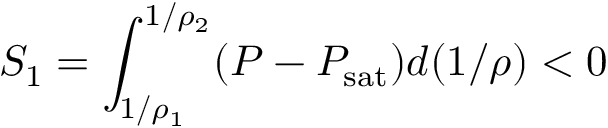
S _ { 1 } = \int _ { 1 / \rho _ { 1 } } ^ { 1 / \rho _ { 2 } } ( P - P _ { \mathrm { s a t } } ) d ( 1 / \rho ) < 0